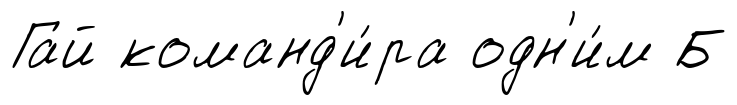
Гай команд'и́ра одн'и́м Б